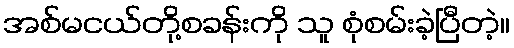
အစ်မငယ်တို့စခန်းကို သူ စုံစမ်းခဲ့ပြီတဲ့။